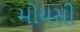
મોયસી